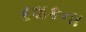
દશકના